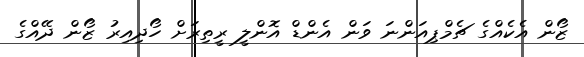
ޒޯން އެކެއްގެ ޗެމްޕިއަންނަ ވަން އެންޑް އޮންލީ ރީތިރަށް ހޯދިއިރު ޒޯން ދޭއްގެ